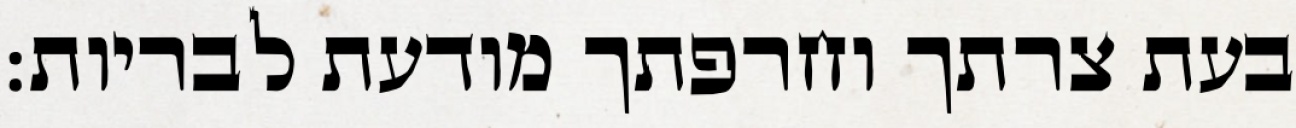
בעת צרתך וחרפתך מודעת לבריות: